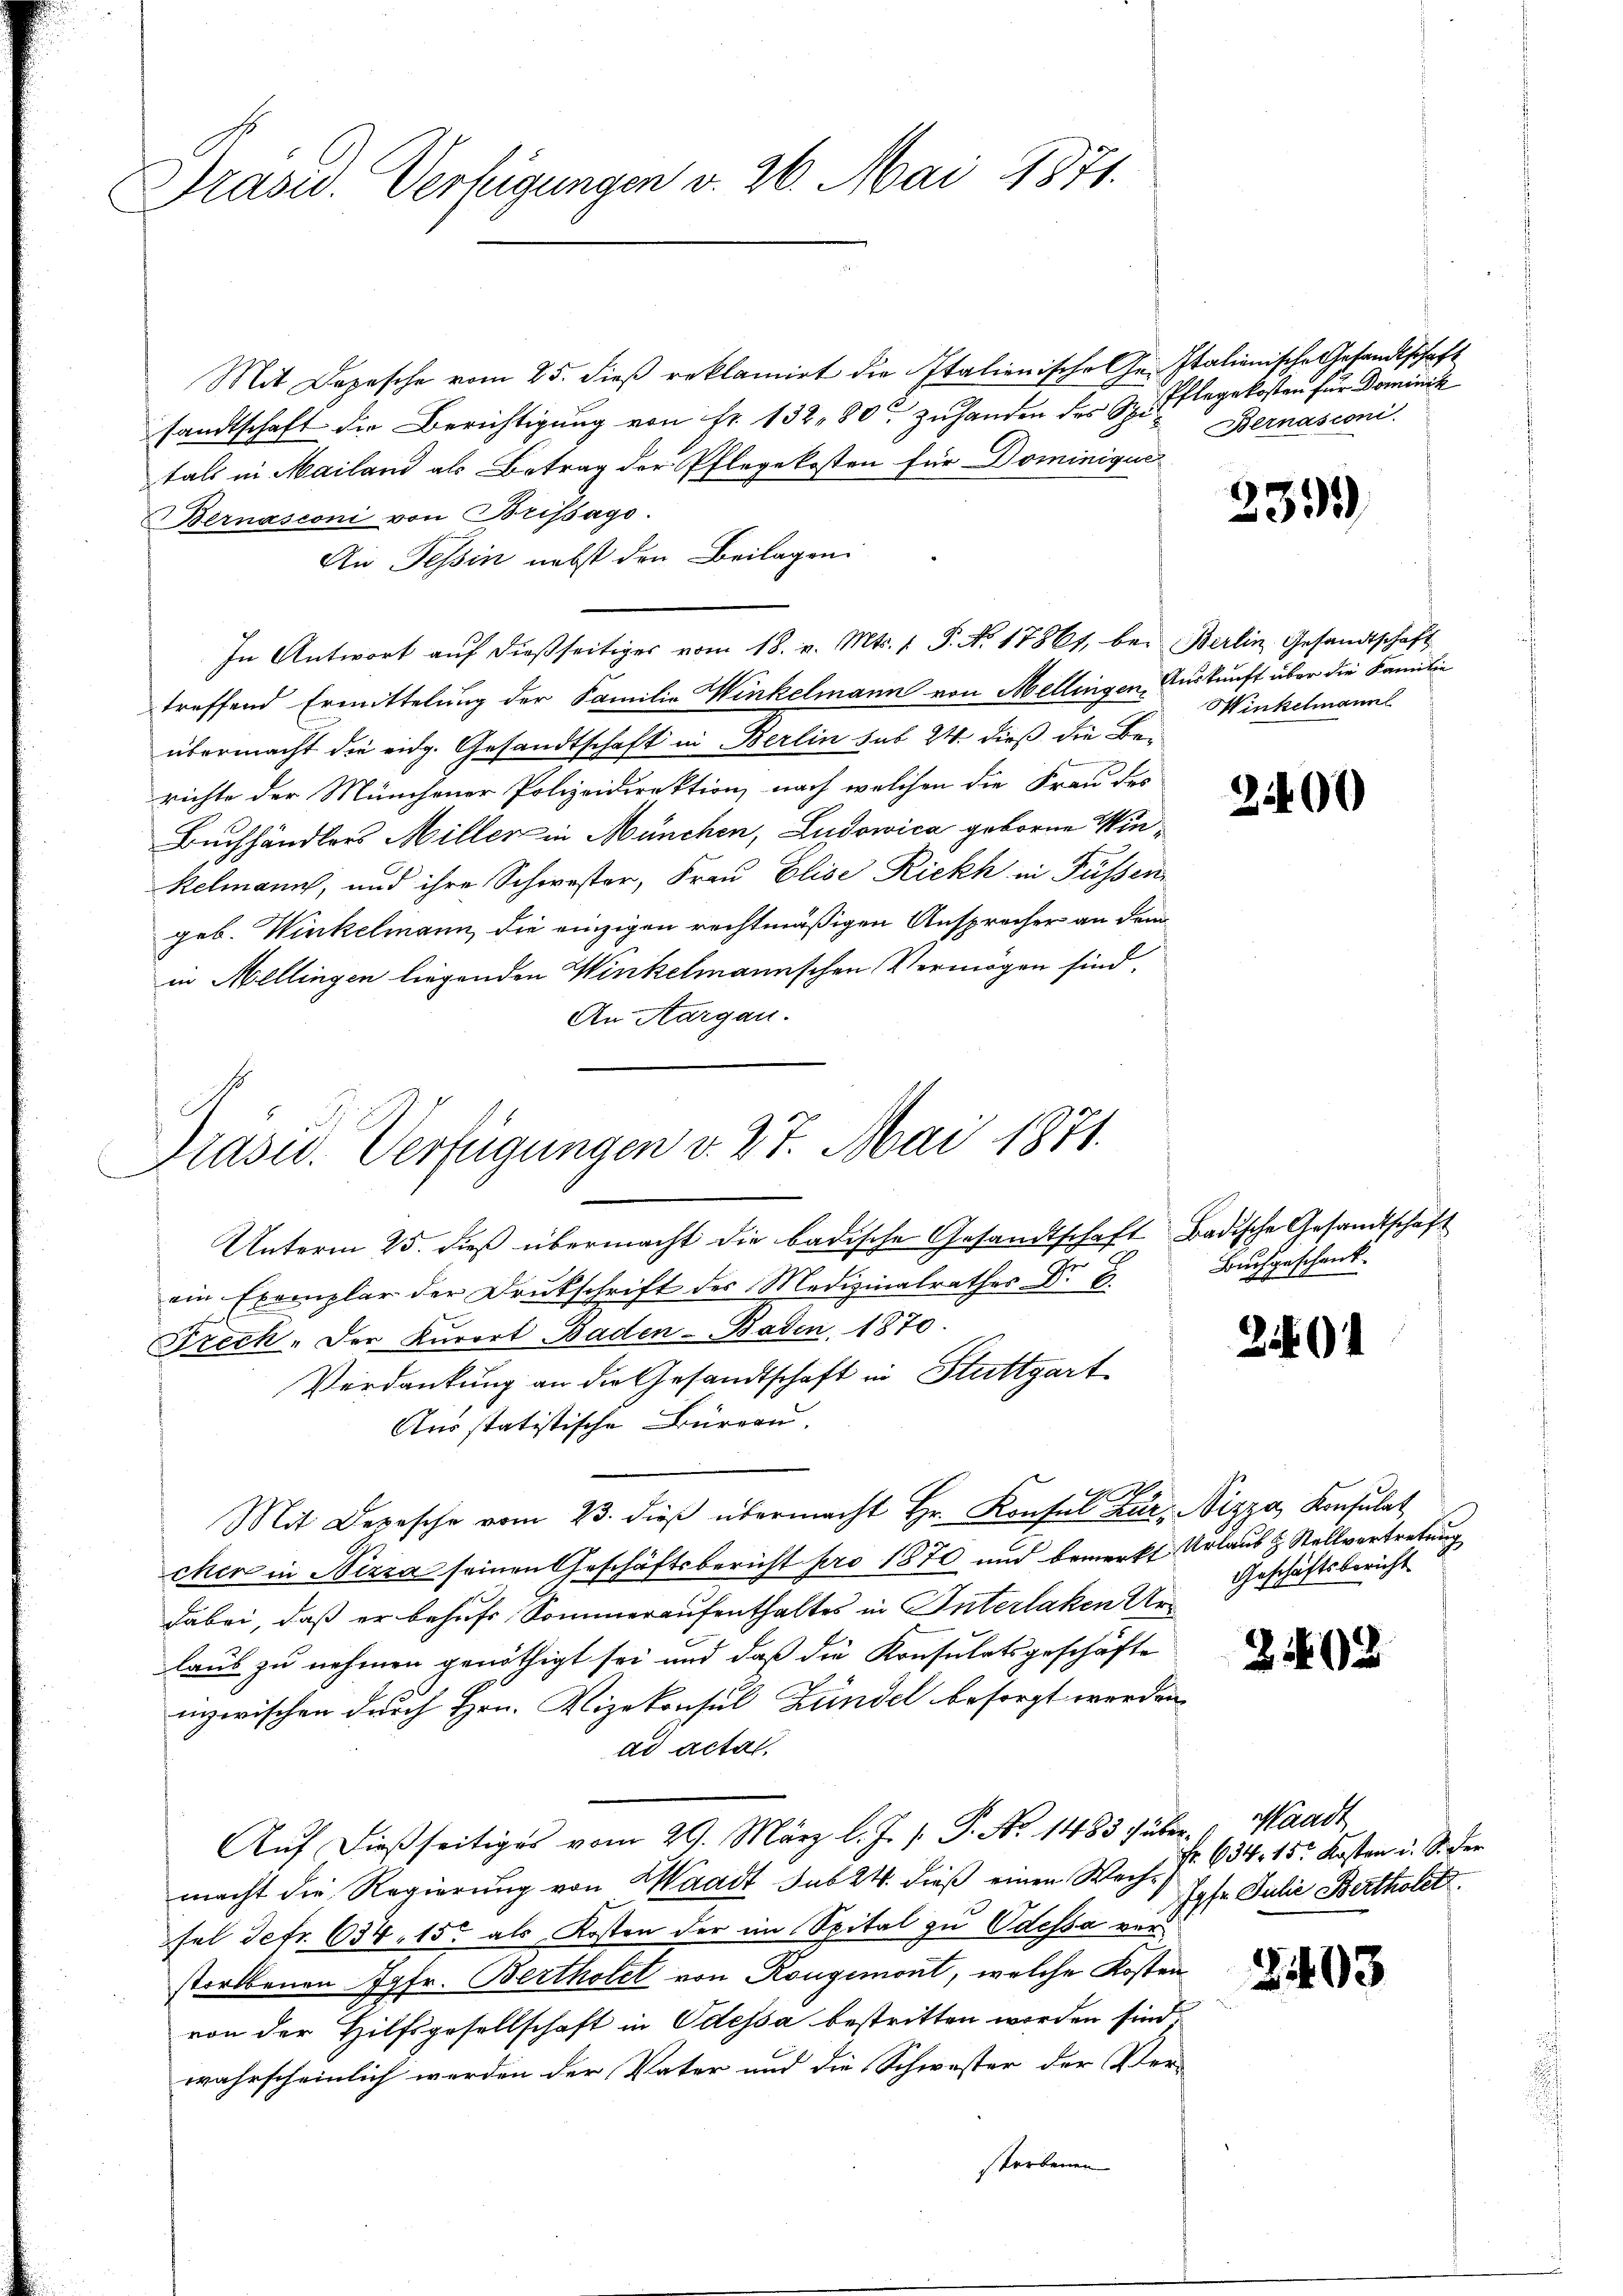
Prasiv. Verfügungen v. 26. Mai 1871.

Mit Depesche vom 25. dieß reklamirt die Italienische Ge- Italienische Gesandtschaft
sandtschaft die Berichtigung von Fr. 132. 80 Zuhanden des H. Ellegekosten für Dominik
tals in Mailand als Betrag der Pflegekosten für Dominique
Bernasconi von Brifsago.
An Tessin nebst den Beilagen:
In Antwort auf dießseitiges vom 18. v. Mts. 1. P. Nr. 17861, bei Berlin Gesandtschaft
treffend Ermittelung der Familie Winkelmann von Mellingen, Auskunft über die Familie
übermacht die eidg. Gesandtschaft in Berlin sub 24. dieß die Berichte der Münchener Polizeidirektion, nach welchen die Frau des
Buchhändlers Miller in München, Ludowica geborne Winkelmann, und ihre Schwester, Frau Elise Rickh in Füssen
geb. Winkelmann, die einzigen rechtmäßigen Ansprocher an dem
in Mellingen liegenden Winkelmannschen Vermögen sind.
An Aargau.

Präsid. Verfügungen v. 27. Mai 1871.

Unterm 25. dieß übermacht die badische Gesandtschaft Badische Gesandtschaft
ein Exemplar der Druckschrift des Medizinalrathes Dr E.
Strech "Der Kurort Baden-Baden, 1870.
Verdankung an die Gesandtschaft in Stuttgart
Ausstatistische Büreau.
Mit Depesche vom 23. dieβ übermacht Hr. Konsul zur Nizza, Konsulat
cher in Nizza seinen Geschäftsbericht pro 1870 und bemerkt Urlaub & Stellvertretung
dabei, daß er behufs Sommeraufenthaltes in Interlaken Urlaub zu nehmen genöthigt sei und daß die Konsulatsgeschäfte
inzwischen durch Hrn. Vizekonsul Zündel besorgt werden
ad actat
Aŭf dießseitiges vom 29. März l. J. J. P. Nr. 1483 über, " Waadt
macht die Regierung von Waadt sub 24. dieß einen Wechs
sel Setr. 634, 15 als Kosten der im Spital zu Odessa verstorbenen Jgfr. Bertholet von Kongemont, welche Kosten
von der Hilfsgesellschaft in Odessa bestritten worden sind,
wahrscheinlich werden der Vater und die Schwester der Ver-
storbenen

Bernasconi

239)

Winkelmann

22400

Buchgeschenk.

2

Geschäftsbericht

202

634. 15. Kosten u. Sicher
Jgfr. Julie Bertholet.

3403